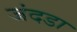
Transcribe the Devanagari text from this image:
जंदडा